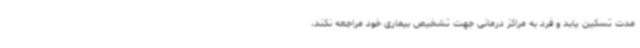
مدت تسکین یابد و فرد به مراکز درمانی جهت تشخیص بیماری خود مراجعه نکند،